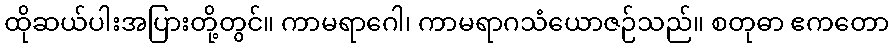
ထိုဆယ်ပါးအပြားတို့တွင်။ ကာမရာဂေါ၊ ကာမရာဂသံယောဇဉ်သည်။ စတုဓာ ဧကတော